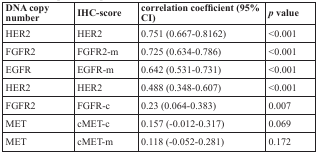
<table><thead><tr><td><b>DNA copy number</b></td><td><b>IHC-score</b></td><td><b>correlation coefficient (95% CI)</b></td><td><b><i>p</i> value</b></td></tr></thead><tbody><tr><td>HER2</td><td>HER2</td><td>0.751 (0.667-0.8162)</td><td>&lt;0.001</td></tr><tr><td>FGFR2</td><td>FGFR2-m</td><td>0.725 (0.634-0.786)</td><td>&lt;0.001</td></tr><tr><td>EGFR</td><td>EGFR-m</td><td>0.642 (0.531-0.731)</td><td>&lt;0.001</td></tr><tr><td>HER2</td><td>HER2</td><td>0.488 (0.348-0.607)</td><td>&lt;0.001</td></tr><tr><td>FGFR2</td><td>FGFR-c</td><td>0.23 (0.064-0.383)</td><td>0.007</td></tr><tr><td>MET</td><td>cMET-c</td><td>0.157 (−0.012-0.317)</td><td>0.069</td></tr><tr><td>MET</td><td>cMET-m</td><td>0.118 (−0.052-0.281)</td><td>0.172</td></tr></tbody></table>